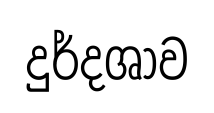
දුර්දශාව